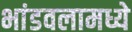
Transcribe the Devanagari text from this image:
भांडवलामध्ये